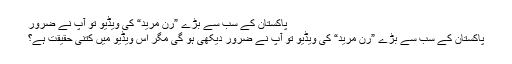
پاکستان کے سب سے بڑے ”رن مرید“ کی ویڈیو تو آپ نے ضرور
پاکستان کے سب سے بڑے ”رن مرید“ کی ویڈیو تو آپ نے ضرور دیکھی ہو گی مگر اس ویڈیو میں کتنی حقیقت ہے؟